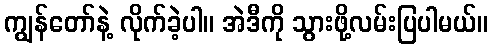
ကျွန်တော်နဲ့ လိုက်ခဲ့ပါ။ အဲဒီကို သွားဖို့လမ်းပြပါမယ်။